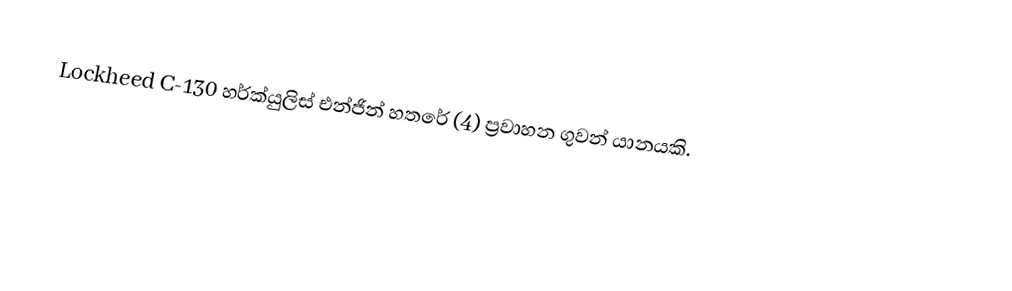
Lockheed C-130 හර්ක්යුලිස් එන්ජින් හතරේ (4) ප්‍රවාහන ගුවන් යානයකි.